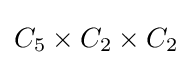
C_{5}\times C_{2}\times C_{2}